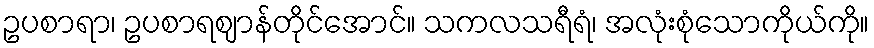
ဥပစာရာ၊ ဥပစာရဈာန်တိုင်အောင်။ သကလသရီရံ၊ အလုံးစုံသောကိုယ်ကို။